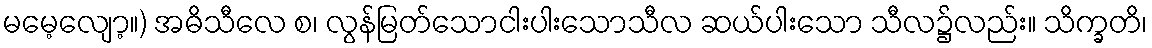
မမေ့လျော့။) အဓိသီလေ စ၊ လွန်မြတ်သောငါးပါးသောသီလ ဆယ်ပါးသော သီလ၌လည်း။ သိက္ခတိ၊